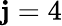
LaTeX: \mathbf{j}=4